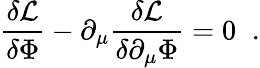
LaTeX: {\frac{\delta{\cal L}}{\delta\Phi}}-\partial_{\mu}{\frac{\delta{\cal L}}{\delta\partial_{\mu}\Phi}}=0\; \; .